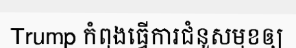
Trump កំពុងធ្វើការជំនួសមុខឲ្យ